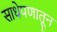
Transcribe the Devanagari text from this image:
साधेपणातून